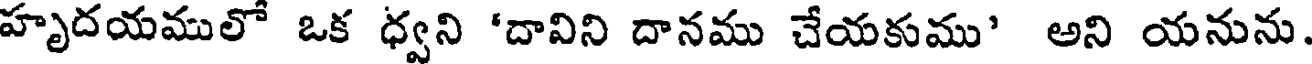
హృదయములో ఒక ధ్వని 'దావిని దానము చేయకుము' అని యనును.